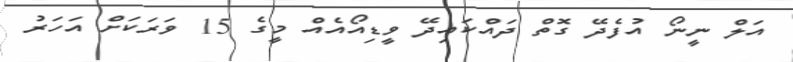
އަލް ނީނޯ އުފެދޭ ގޮތް ދައްކައިދޭ ވީޑިއޯއެއް މީގެ 15 ވަރަކަށް އަހަރު